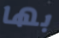
بها